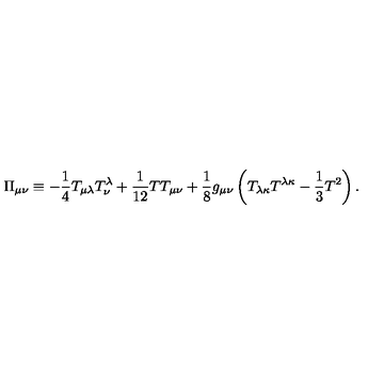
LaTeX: \Pi _ { \mu \nu } \equiv - { \frac { 1 } { 4 } } T _ { \mu \lambda } T _ { \nu } ^ { \lambda } + { \frac { 1 } { 1 2 } } T T _ { \mu \nu } + { \frac { 1 } { 8 } } g _ { \mu \nu } \left( T _ { \lambda \kappa } T ^ { \lambda \kappa } - { \frac { 1 } { 3 } } T ^ { 2 } \right) .